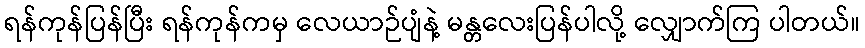
ရန်ကုန်ပြန်ပြီး ရန်ကုန်ကမှ လေယာဉ်ပျံနဲ့ မန္တလေးပြန်ပါလို့ လျှောက်ကြ ပါတယ်။